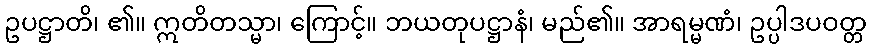
ဥပဋ္ဌာတိ၊ ၏။ ဣတိတသ္မာ၊ ကြောင့်။ ဘယတုပဋ္ဌာနံ၊ မည်၏။ အာရမ္မဏံ၊ ဥပ္ပါဒပဝတ္တ